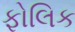
ફોલિક